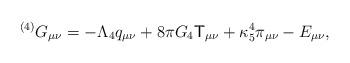
LaTeX: \begin{align*}{}^{(4)}G_{\mu \nu }=-\Lambda _{4}q_{\mu \nu }+8\pi G_{4}{\sf T}_{\mu \nu}+\kappa _{5}^{4}\pi _{\mu \nu }-E_{\mu \nu }, \end{align*}